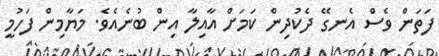
ފަތަން ވެސް އެނގޭ ދެކުދިން ކަމަށް އާއިލާ އިން ބުނެއެވެ. މަޔާމިން ފަހުމީ